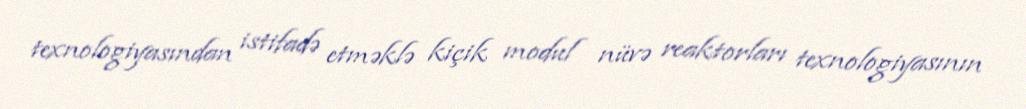
texnologiyasından istifadə etməklə kiçik modul nüvə reaktorları texnologiyasının